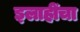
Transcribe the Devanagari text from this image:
इलाहींचा